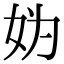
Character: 妫